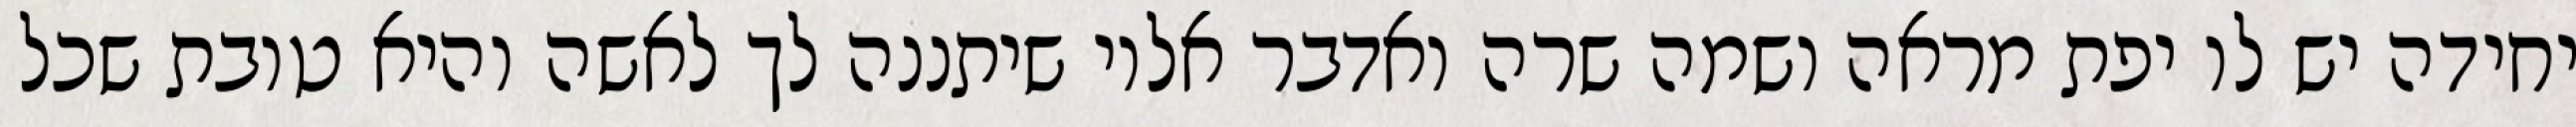
יחידה יש לו יפת מראה ושמה שרה ואדבר אליו שיתננה לך לאשה והיא טובת שכל